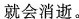
就会消逝。